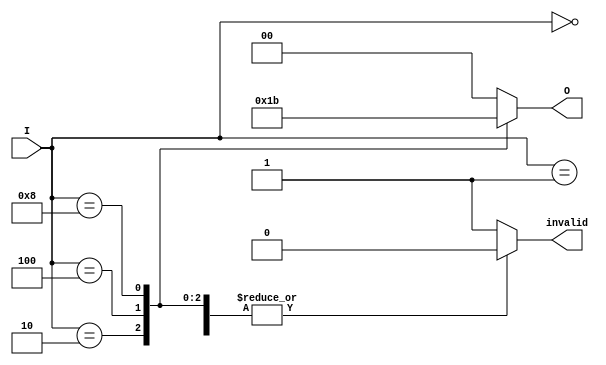
module binary_encoder (
    input  wire [3:0] I,   // 4 input lines
    output reg  [1:0] O,   // 2 output lines
    output reg  invalid     // Indicates invalid state
);

    always @(*) begin
        // Default outputs
        O = 2'b00;
        invalid = 1'b0;

        case (I)
            4'b0000: begin
                // No input is active, output remains 00
                O = 2'b00;
            end
            4'b0001: begin
                O = 2'b00; // I0 active
            end
            4'b0010: begin
                O = 2'b01; // I1 active
            end
            4'b0100: begin
                O = 2'b10; // I2 active
            end
            4'b1000: begin
                O = 2'b11; // I3 active
            end
            default: begin
                // More than one input active, set invalid flag
                invalid = 1'b1;
            end
        endcase
    end

endmodule